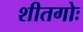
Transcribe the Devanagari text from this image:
शीतगोः